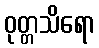
ဝုတ္တသိရော